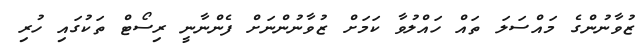
ޒުވާނުންގެ މައްސަލަ ތައް ހައްލުވާ ކަމަށް ޒުވާނުންނަށް ފެންނާނީ ރިސޯޓް ތަކުގައި ހުރި